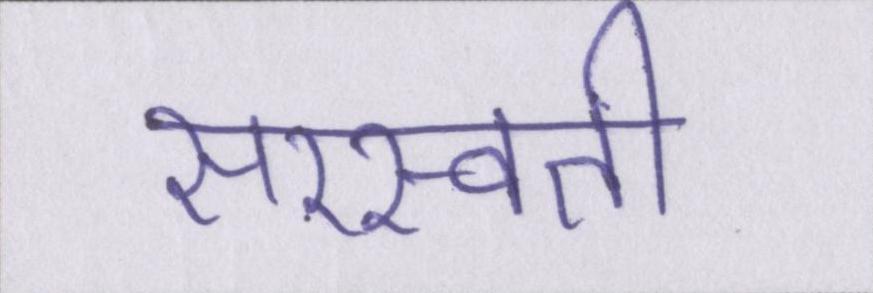
सरस्वती